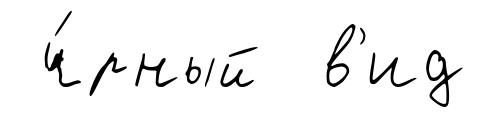
ч́рный в'ид